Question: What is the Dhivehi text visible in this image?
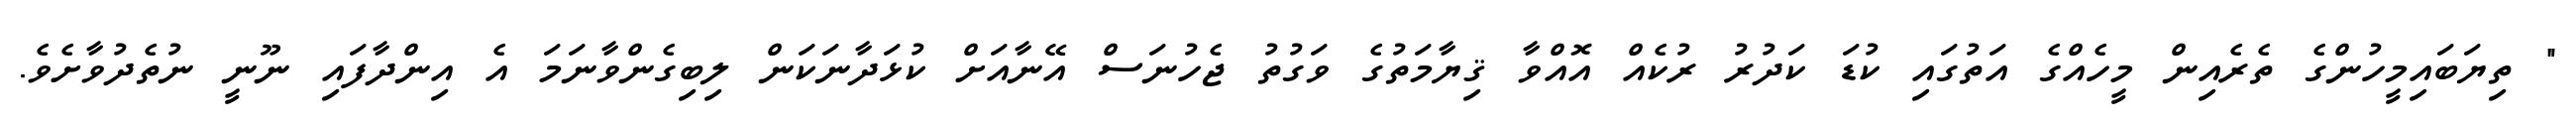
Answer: " ތިޔަބައިމީހުންގެ ތެރެއިން މީހެއްގެ އަތުގައި ކުޑަ ކަދުރު ރުކެއް އޮއްވާ ޤިޔާމަތުގެ ވަގުތު ޖެހުނަސް އޭނާއަށް ކުޅަދާނަކަން ލިބިގެންވާނަމަ އެ އިންދާފައި ނޫނީ ނުތެދުވާށެވެ.